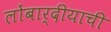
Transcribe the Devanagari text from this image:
लोंबार्दीयाची